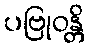
ပဗြုဝန္တိ